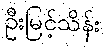
ဦးမြင့်သိန်း